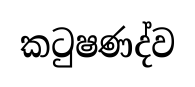
කටුෂණද්ව